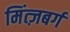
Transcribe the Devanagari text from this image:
मिंत्ज़बर्ग